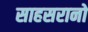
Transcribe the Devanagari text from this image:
साहसरानो